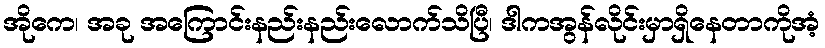
အိုကေ၊ အခု အကြောင်းနည်းနည်းလောက်သိပြီ၊ ဒါကအွန်လိုင်းမှာရှိနေတာကိုအံ့